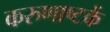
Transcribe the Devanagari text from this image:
करुणाष्टकें